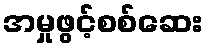
အမှုဖွင့်စစ်ဆေး